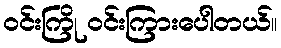
ဝင်းကြို ဝင်းကြားပေါတယ်။